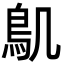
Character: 𮬥